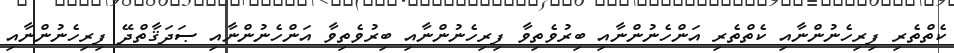
ކެތްތެރި ފިރިހެނުންނާއި ކެތްތެރި އަންހެނުންނާއި ބިރުވެތިވާ ފިރިހެނުންނާއި ބިރުވެތިވާ އަންހެނުންނާއި ޞަދަޤާތްދޭ ފިރިހެނުންނާއި